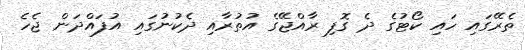
ތެރޭގައި ހައި ކޯޓުގެ ދެ ގޮފި ރާއްޖޭގެ އުތުރާއި ދެކުނުގައި އުފައްދަން ޖެހެ